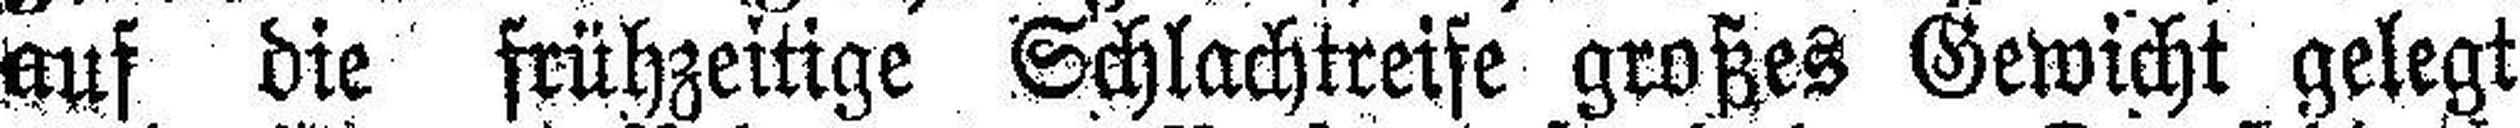
auf die frühzeitige Schlachtreife großes Gewicht gelegt